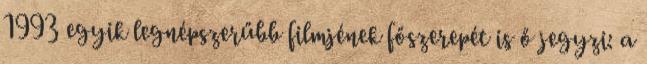
1993 egyik legnépszerűbb filmjének főszerepét is ő jegyzi: a